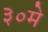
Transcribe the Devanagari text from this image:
३०मे